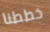
خططنا